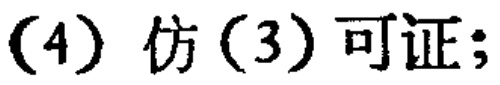
(4) 仿(3) 可证;